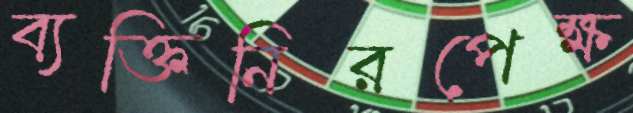
ব্যক্তিনিরপেক্ষ